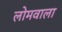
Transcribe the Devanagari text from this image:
लोमवाला